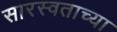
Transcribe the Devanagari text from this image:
सारस्वताच्या